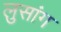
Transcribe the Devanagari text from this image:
लुसांग